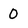
Character: 0